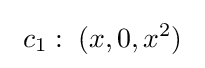
\ c_{1}:\;(x,0,x^{2})\